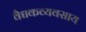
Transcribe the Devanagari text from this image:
वैद्यकव्यवसाय